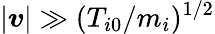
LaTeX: |\boldsymbol{v}|\gg(T_{i0}/m_{i})^{1/2}